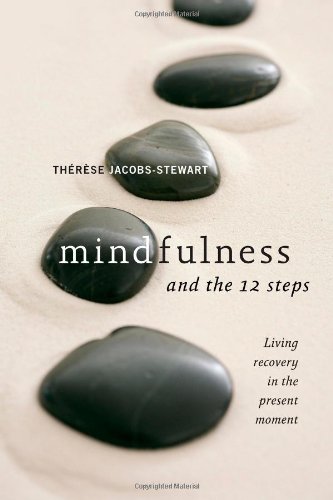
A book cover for Mindfulness and the 12 Steps: Living Recovery in the Present Moment; ThÃ©rÃ¨se Jacobs-Stewart; Health, Fitness & Dieting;